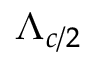
\Lambda _ { c / 2 }